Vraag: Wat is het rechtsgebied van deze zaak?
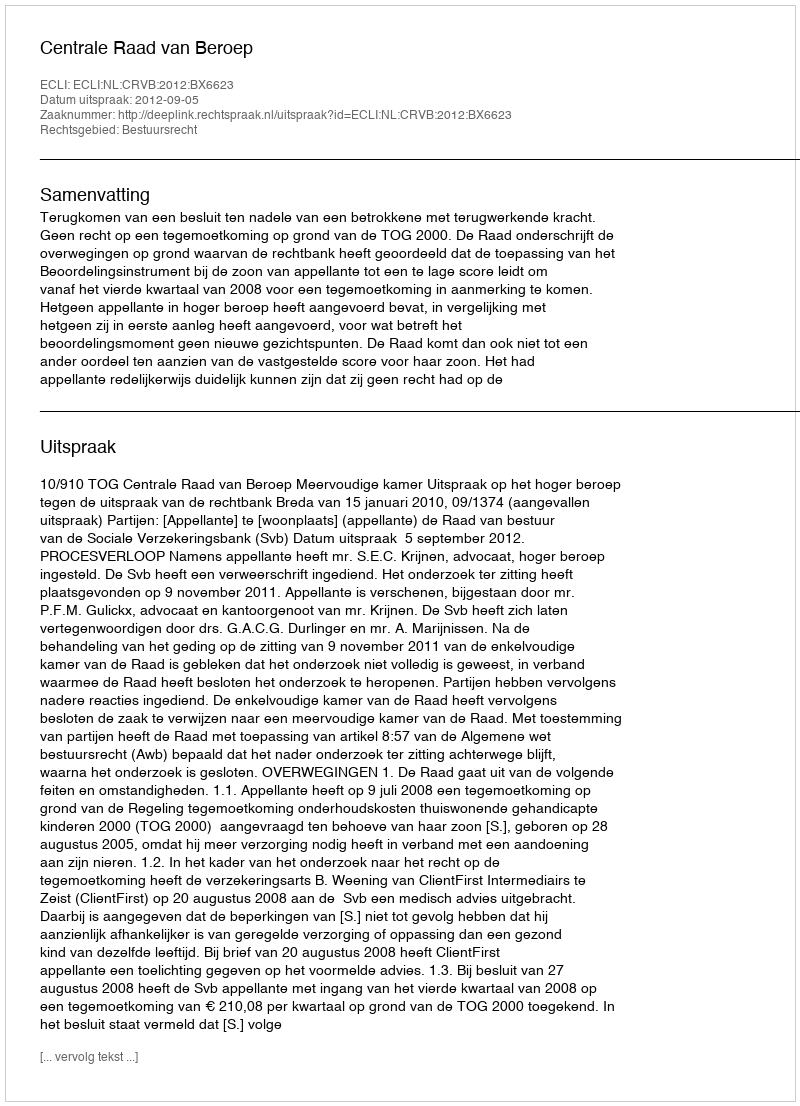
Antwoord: Bestuursrecht